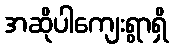
အဆိုပါကျေးရွာရှိ